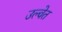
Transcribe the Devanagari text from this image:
उल्वेत